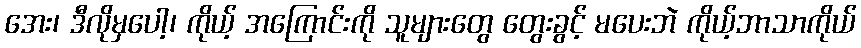
အေး၊ ဒီလိုမှပေါ့၊ ကိုယ့် အကြောင်းကို သူများတွေ တွေးခွင့် မပေးဘဲ ကိုယ့်ဘာသာကိုယ်